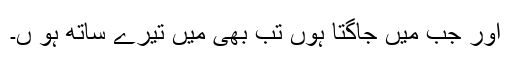
اور جب میں جاگتا ہوں تب بھی میں تیرے ساتھ ہو ں۔